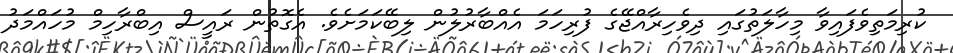
ކުރިމަތިވެފައިވާ މިހާލަތުގައި ދިވެހިރާއްޖޭގެ ފުރިހަމަ އެއްބާރުލުން ލިބޭކަމަށެވެ. އެގޮތުން ރައީސް އިބްރާހިމް މުހައްމަދު